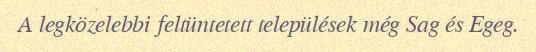
A legközelebbi feltüntetett települések még Sag és Egeg.